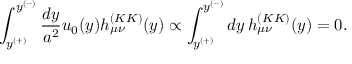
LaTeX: \int _ { y ^ { ( + ) } } ^ { y ^ { ( - ) } } { \frac { d y } { a ^ { 2 } } } u _ { 0 } ( y ) h _ { \mu \nu } ^ { ( K K ) } ( y ) \propto \int _ { y ^ { ( + ) } } ^ { y ^ { ( - ) } } d y \, h _ { \mu \nu } ^ { ( K K ) } ( y ) = 0 .